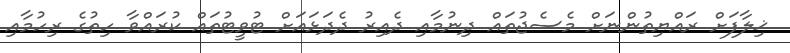
ޚިލާފަށް ރައްޔިތުންނަށް މެސެޖުތައް ދިނުމާއި ދެއިރު ދެދަޅައަށް ޓުވީޓުތައް ކުރައްވާ ހިތުގެ ރިހުމާއި